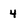
Character: 4